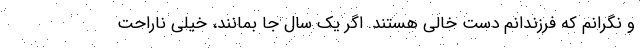
و نگرانم که فرزندانم دست خالی هستند. اگر یک سال جا بمانند، خیلی ناراحت